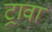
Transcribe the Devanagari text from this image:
ट्रावा